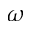
\omega